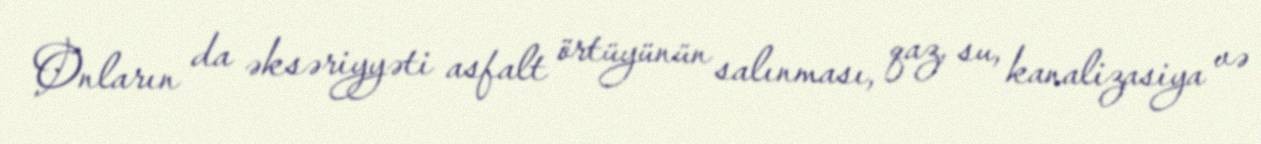
Onların da əksəriyyəti asfalt örtüyünün salınması, qaz, su, kanalizasiya və